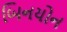
બિનયોન